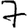
Digit: 7